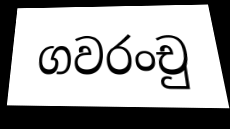
ගවරංචු